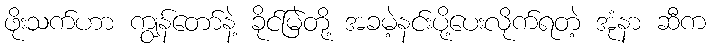
ဖိုးသက်ဟာ ကျွန်တော်နဲ့ ခိုင်မြဲတို့ အခမဲ့နင်းပို့ပေးလိုက်ရတဲ့ အုံနာ ဆီက